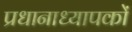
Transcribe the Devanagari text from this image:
प्रधानाध्यापकों